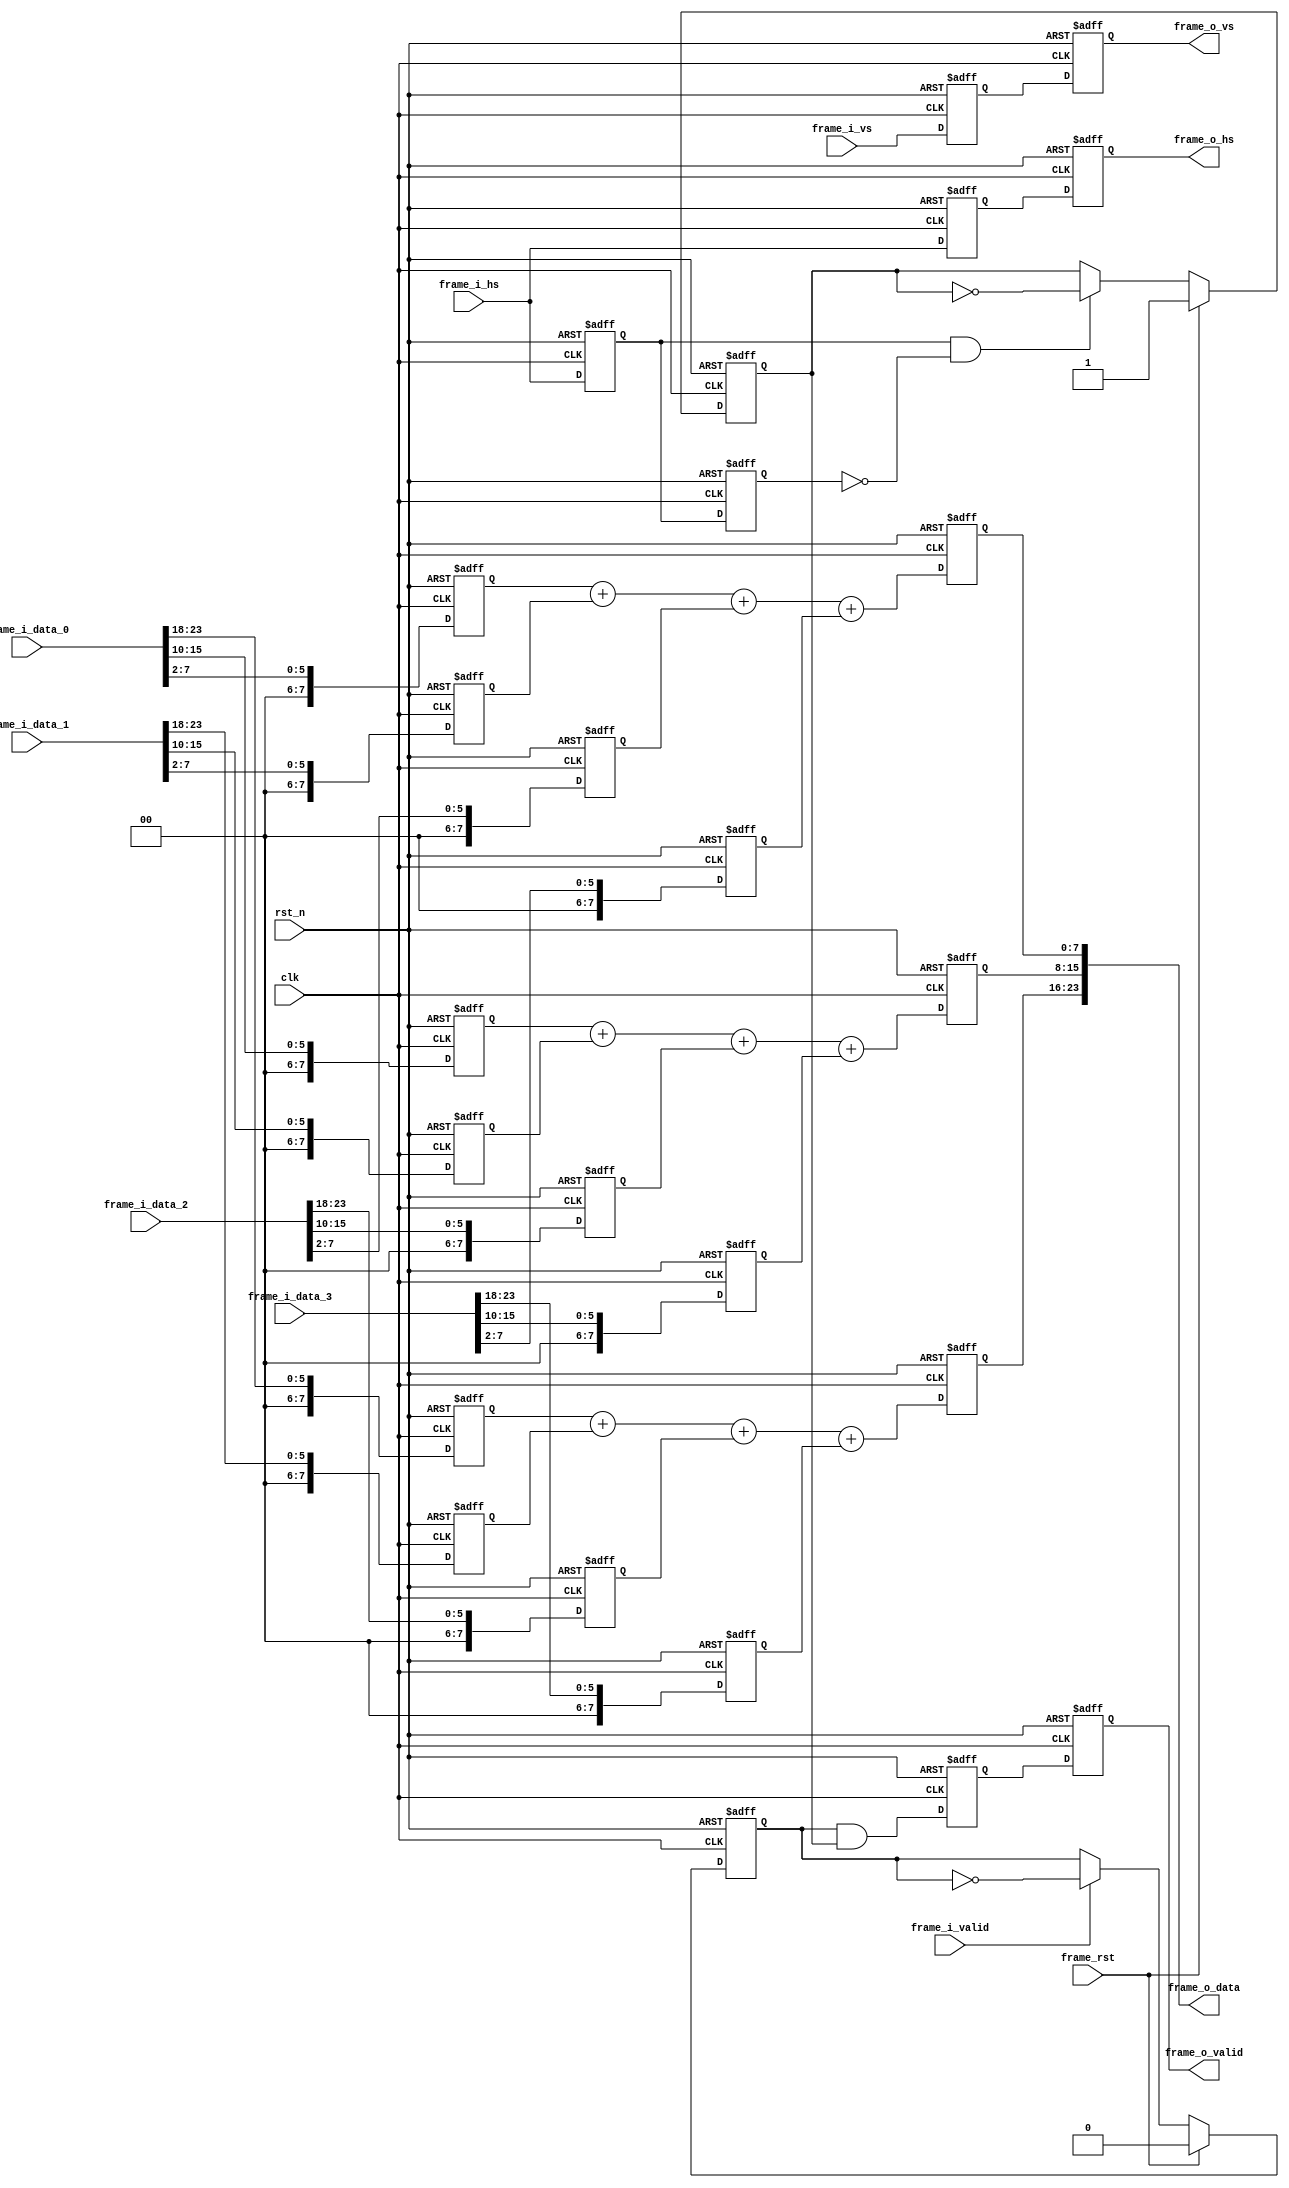
module bilinear_calculator#(
    parameter DATA_WIDTH    = 24        ,
    parameter RGB_R_WIDTH   = 8         ,
    parameter RGB_G_WIDTH   = 8         ,
    parameter RGB_B_WIDTH   = 8         
)(
    input   wire                        clk             ,
    input   wire                        rst_n           ,
    input   wire                        frame_rst       ,
    
    input   wire                        frame_i_vs      ,
    input   wire                        frame_i_hs      ,
    input   wire                        frame_i_valid   ,
    input   wire    [DATA_WIDTH-1:0]    frame_i_data_0  ,
    input   wire    [DATA_WIDTH-1:0]    frame_i_data_1  ,
    input   wire    [DATA_WIDTH-1:0]    frame_i_data_2  ,
    input   wire    [DATA_WIDTH-1:0]    frame_i_data_3  ,
    
    output  reg                         frame_o_vs      ,
    output  reg                         frame_o_hs      ,
    output  reg                         frame_o_valid   ,
    output  wire    [DATA_WIDTH-1:0]    frame_o_data    
);
/*************************parameter**************************/


/****************************reg*****************************/
reg                         r0_frame_i_hs   ;
reg                         r1_frame_i_hs   ;

reg                         r_frame_h_valid ; // 
reg                         r_frame_v_valid ; // 

reg     [RGB_R_WIDTH-1:0]   r_frame_o_r     ;
reg     [RGB_G_WIDTH-1:0]   r_frame_o_g     ;
reg     [RGB_B_WIDTH-1:0]   r_frame_o_b     ;

reg     [RGB_R_WIDTH-1:0]   r_frame_r_0     ;
reg     [RGB_R_WIDTH-1:0]   r_frame_r_1     ;
reg     [RGB_R_WIDTH-1:0]   r_frame_r_2     ;
reg     [RGB_R_WIDTH-1:0]   r_frame_r_3     ;
reg     [RGB_G_WIDTH-1:0]   r_frame_g_0     ;
reg     [RGB_G_WIDTH-1:0]   r_frame_g_1     ;
reg     [RGB_G_WIDTH-1:0]   r_frame_g_2     ;
reg     [RGB_G_WIDTH-1:0]   r_frame_g_3     ;
reg     [RGB_B_WIDTH-1:0]   r_frame_b_0     ;
reg     [RGB_B_WIDTH-1:0]   r_frame_b_1     ;
reg     [RGB_B_WIDTH-1:0]   r_frame_b_2     ;
reg     [RGB_B_WIDTH-1:0]   r_frame_b_3     ;

reg                         r_frame_vs      ;
reg                         r_frame_hs      ;
reg                         r_frame_valid   ;

/****************************wire****************************/
wire                        frame_i_hs_posedge;
wire                        frame_data_valid; // 

wire    [RGB_R_WIDTH-1:0]   frame_i_r_0     ;
wire    [RGB_R_WIDTH-1:0]   frame_i_r_1     ;
wire    [RGB_R_WIDTH-1:0]   frame_i_r_2     ;
wire    [RGB_R_WIDTH-1:0]   frame_i_r_3     ;
wire    [RGB_G_WIDTH-1:0]   frame_i_g_0     ;
wire    [RGB_G_WIDTH-1:0]   frame_i_g_1     ;
wire    [RGB_G_WIDTH-1:0]   frame_i_g_2     ;
wire    [RGB_G_WIDTH-1:0]   frame_i_g_3     ;
wire    [RGB_B_WIDTH-1:0]   frame_i_b_0     ;
wire    [RGB_B_WIDTH-1:0]   frame_i_b_1     ;
wire    [RGB_B_WIDTH-1:0]   frame_i_b_2     ;
wire    [RGB_B_WIDTH-1:0]   frame_i_b_3     ;

/********************combinational logic*********************/
assign frame_i_hs_posedge = r0_frame_i_hs && (!r1_frame_i_hs);
assign frame_data_valid   = r_frame_h_valid && r_frame_v_valid;

assign frame_i_r_0        = frame_i_data_0[DATA_WIDTH-1:DATA_WIDTH-RGB_R_WIDTH];
assign frame_i_r_1        = frame_i_data_1[DATA_WIDTH-1:DATA_WIDTH-RGB_R_WIDTH];
assign frame_i_r_2        = frame_i_data_2[DATA_WIDTH-1:DATA_WIDTH-RGB_R_WIDTH];
assign frame_i_r_3        = frame_i_data_3[DATA_WIDTH-1:DATA_WIDTH-RGB_R_WIDTH];
assign frame_i_g_0        = frame_i_data_0[RGB_B_WIDTH+RGB_G_WIDTH-1:RGB_B_WIDTH];
assign frame_i_g_1        = frame_i_data_1[RGB_B_WIDTH+RGB_G_WIDTH-1:RGB_B_WIDTH];
assign frame_i_g_2        = frame_i_data_2[RGB_B_WIDTH+RGB_G_WIDTH-1:RGB_B_WIDTH];
assign frame_i_g_3        = frame_i_data_3[RGB_B_WIDTH+RGB_G_WIDTH-1:RGB_B_WIDTH];
assign frame_i_b_0        = frame_i_data_0[RGB_B_WIDTH-1:0];
assign frame_i_b_1        = frame_i_data_1[RGB_B_WIDTH-1:0];
assign frame_i_b_2        = frame_i_data_2[RGB_B_WIDTH-1:0];
assign frame_i_b_3        = frame_i_data_3[RGB_B_WIDTH-1:0];

assign frame_o_data       = {r_frame_o_r, r_frame_o_g, r_frame_o_b};

/**************************process***************************/
always@(posedge clk or negedge rst_n)
begin
    if(!rst_n)
        begin
            r0_frame_i_hs <= 1'b0;
            r1_frame_i_hs <= 1'b0;
        end
    else
        begin
            r0_frame_i_hs <= frame_i_hs;
            r1_frame_i_hs <= r0_frame_i_hs;
        end
end

always@(posedge clk or negedge rst_n)
begin
    if(!rst_n)
        r_frame_h_valid <= 1'b0;
    else if(frame_rst)
        r_frame_h_valid <= 1'b0;
    else if(frame_i_valid)
        r_frame_h_valid <= !r_frame_h_valid;
    else
        r_frame_h_valid <= r_frame_h_valid;
end

always@(posedge clk or negedge rst_n)
begin
    if(!rst_n)
        r_frame_v_valid <= 1'b1;
    else if(frame_rst)
        r_frame_v_valid <= 1'b1;
    else if(frame_i_hs_posedge)
        r_frame_v_valid <= !r_frame_v_valid;
    else
        r_frame_v_valid <= r_frame_v_valid;
end

always@(posedge clk or negedge rst_n)
begin
    if(!rst_n)
        begin
            r_frame_r_0 <= 'd0;
            r_frame_g_0 <= 'd0;
            r_frame_b_0 <= 'd0;
            r_frame_r_1 <= 'd0;
            r_frame_g_1 <= 'd0;
            r_frame_b_1 <= 'd0;
            r_frame_r_2 <= 'd0;
            r_frame_g_2 <= 'd0;
            r_frame_b_2 <= 'd0;
            r_frame_r_3 <= 'd0;
            r_frame_g_3 <= 'd0;
            r_frame_b_3 <= 'd0;
        end
    else
        begin
            r_frame_r_0 <= frame_i_r_0 >> 2;
            r_frame_g_0 <= frame_i_g_0 >> 2;
            r_frame_b_0 <= frame_i_b_0 >> 2;
            r_frame_r_1 <= frame_i_r_1 >> 2;
            r_frame_g_1 <= frame_i_g_1 >> 2;
            r_frame_b_1 <= frame_i_b_1 >> 2;
            r_frame_r_2 <= frame_i_r_2 >> 2;
            r_frame_g_2 <= frame_i_g_2 >> 2;
            r_frame_b_2 <= frame_i_b_2 >> 2;
            r_frame_r_3 <= frame_i_r_3 >> 2;
            r_frame_g_3 <= frame_i_g_3 >> 2;
            r_frame_b_3 <= frame_i_b_3 >> 2;
        end
end

always@(posedge clk or negedge rst_n)
begin
    if(!rst_n)
        begin
            r_frame_o_r <= 'd0;
            r_frame_o_g <= 'd0;
            r_frame_o_b <= 'd0;
        end
    else
        begin
            r_frame_o_r <= r_frame_r_0 + r_frame_r_1 + r_frame_r_2 + r_frame_r_3;
            r_frame_o_g <= r_frame_g_0 + r_frame_g_1 + r_frame_g_2 + r_frame_g_3;
            r_frame_o_b <= r_frame_b_0 + r_frame_b_1 + r_frame_b_2 + r_frame_b_3;
        end
end

always@(posedge clk or negedge rst_n)
begin
    if(!rst_n)
        begin
            r_frame_vs    <= 1'b0;
            r_frame_hs    <= 1'b0;
            r_frame_valid <= 1'b0;
        end
    else
        begin
            r_frame_vs    <= frame_i_vs;
            r_frame_hs    <= frame_i_hs;
            r_frame_valid <= frame_data_valid;
        end
end


always@(posedge clk or negedge rst_n)
begin
    if(!rst_n)
        begin
            frame_o_vs    <= 1'b0;
            frame_o_hs    <= 1'b0;
            frame_o_valid <= 1'b0;
        end
    else
        begin
            frame_o_vs    <= r_frame_vs;
            frame_o_hs    <= r_frame_hs;
            frame_o_valid <= r_frame_valid;
        end
end

endmodule